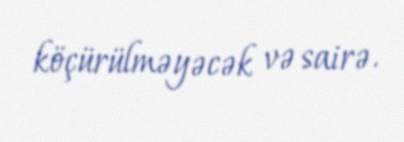
köçürülməyəcək və sairə.